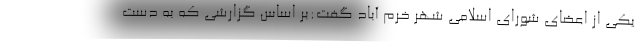
یکی از اعضای شورای اسلامی شهر خرم آباد گفت:بر اساس گزارشی که به دست